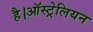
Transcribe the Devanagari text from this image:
है।ऑस्ट्रेलियन